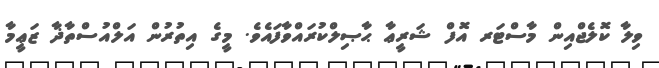
ވިލާ ކޮލެޖްއިން މާސްޓަރ އޮފް ޝަރީޢާ ޙާޞިލްކުރައްވާފައެވެ. މީގެ އިތުރުން އަލްއުސްތާޛާ ޒަޢީމާ